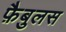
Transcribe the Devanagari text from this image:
फ़ैबुलस